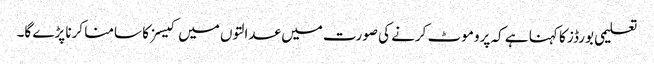
تعلیمی بورڈز کا کہنا ہے کہ پروموٹ کرنے کی صورت میں عدالتوں میں کیسز کا سامنا کرنا پڑے گا۔